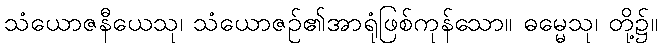
သံယောဇနီယေသု၊ သံယောဇဉ်၏အာရုံဖြစ်ကုန်သော။ ဓမ္မေသု၊ တို့၌။